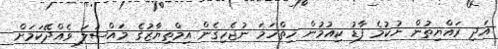
އަދި ރައްޔިތުން ނުކުމެ ފާޑު ކިއުމުން ހިތްހަމަ ނުޖެހިގެން އިމްތިޔާޒުގެ މައްސަލަ ވެއްދޭކަމަށް